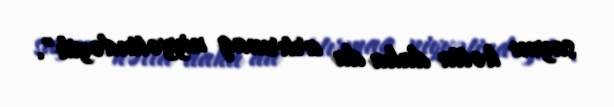
sayını hətta daha da artırmaq niyyətindəyik".